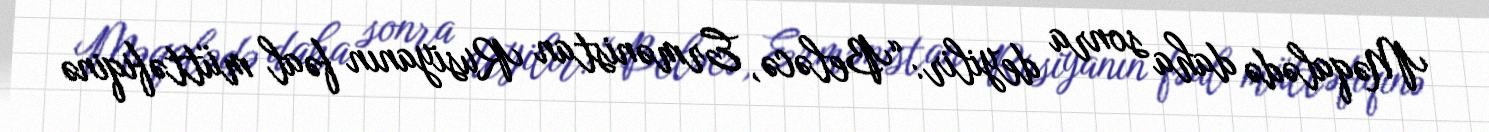
Məqalədə daha sonra deyilir: “Beləcə, Ermənistan Rusiyanın fəal müttəfiqinə